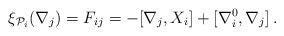
LaTeX: \begin{align*}\xi_{{\cal P}_{i}}(\nabla_{j}) = F_{ij} = -[\nabla_{j}, X_{i}] + [\nabla_{i}^{0},\nabla_{j}] \, .\end{align*}